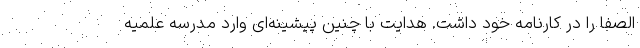
الصفا را در کارنامه خود داشت. هدایت با چنین پیشینه‌ای وارد مدرسه علمیه